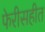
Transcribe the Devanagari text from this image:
फेरीसहीत